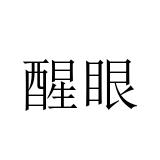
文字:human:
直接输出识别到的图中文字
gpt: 醒眼